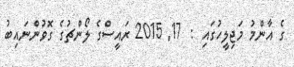
ގެ އާންމު މަޖިލީހުގައި :  17